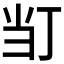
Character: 𭕈